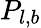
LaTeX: P_{l,b}